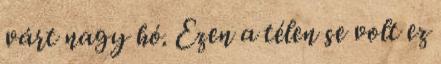
várt nagy hó. Ezen a télen se volt ez